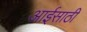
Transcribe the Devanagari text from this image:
आईसाठी